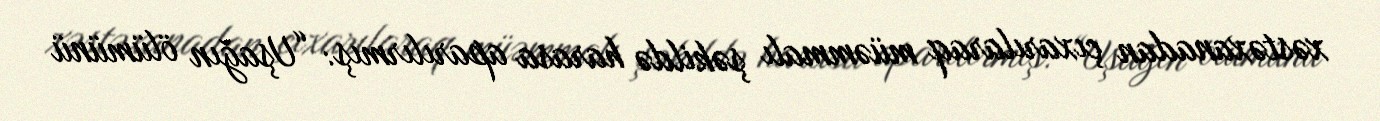
xəstəxanadan çıxarılaraq müəmmalı şəkildə harasa aparılırmış: “Uşağın ölümünü